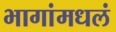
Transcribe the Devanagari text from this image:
भागांमधलं